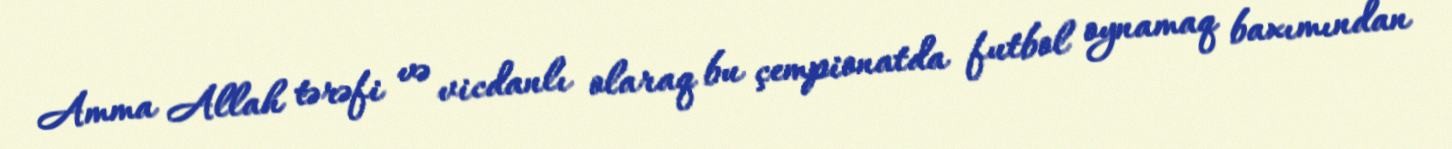
Amma Allah tərəfi və vicdanlı olaraq bu çempionatda futbol oynamaq baxımından